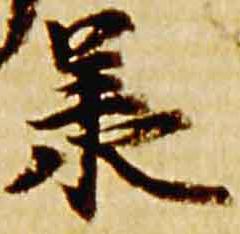
承